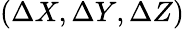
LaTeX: (\Delta{X},\Delta{Y},\Delta{Z})